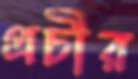
প্রচীর